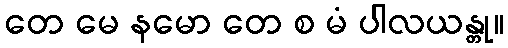
တေ မေ နမော တေ စ မံ ပါလယန္တု။